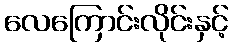
လေကြောင်းလိုင်းနှင့်